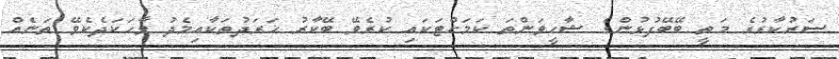
ސަރުކާރުގެ މަތީ ބޭބޭފުޅުންގެ ޝާހީވަންތަ ކަމަށްޓަކައި ކުރެވޭ ބޭކާރު ޚަރަދުތަކާއިމެދު ވާހަކަދެކެވޭ ތަނެއް